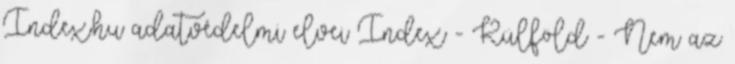
Index.hu adatvédelmi elvei Index - Külföld - Nem az